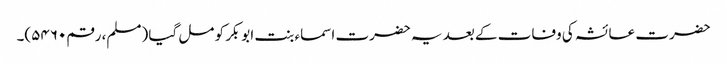
حضرت عائشہ کی وفات کے بعد یہ حضرت اسماء بنت ابوبکر کو مل گیا (مسلم، رقم۵۴۶۰)۔